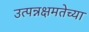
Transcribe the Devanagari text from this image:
उत्पन्नक्षमतेच्या